Annual report on the mental hospital in the Central Provinces and Berar (Nagpur) - 1927-1951
Year: 1927
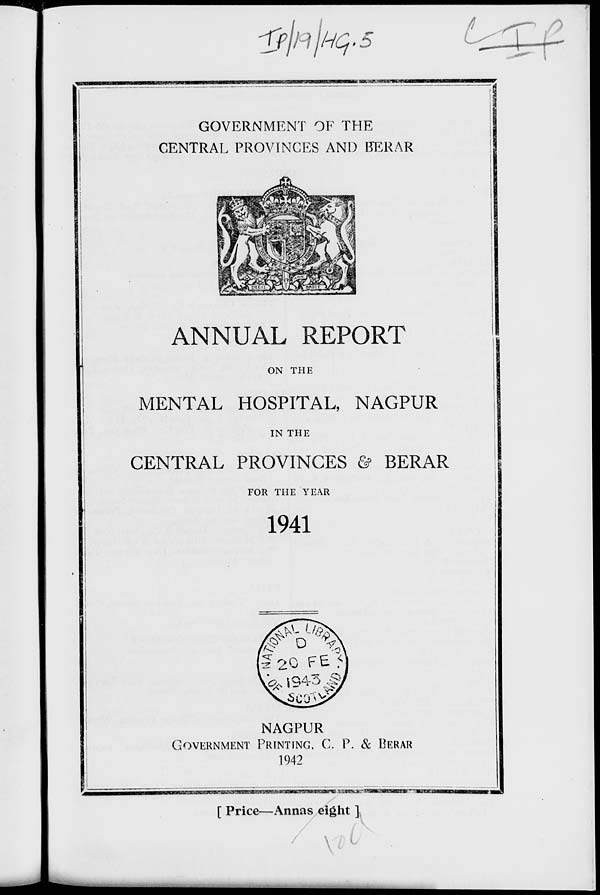
ifjftJHq.
wasmnnm
GOVERNMENT OF THE
CENTRAL PROVINCES AND BERAR
ANNUAL REPORT
ON THE
MENTAL HOSPITAL, NAGPUR
IN THE
CENTRAL PROVINCES & BERAR
FOR THE YEAR
1941
NAGPUR
GOVERNMENT PRINTING. C. P. & BERAR
1942
■ iiiimmmiii—miuii »iw*rt*r
[ Price—Annas eight ]
_